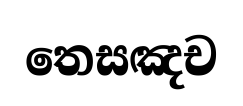
තෙසඤච